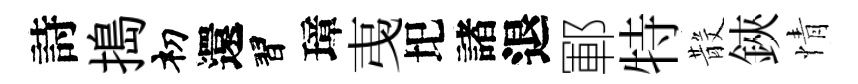
詩搗𥘉還習璋𢎯圯諸退鄆特𣪚鋏情